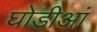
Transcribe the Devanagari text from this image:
घोडीआं